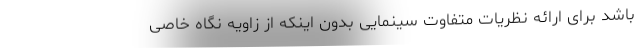
باشد برای ارائه نظریات متفاوت سینمایی بدون اینکه از زاویه نگاه خاصی